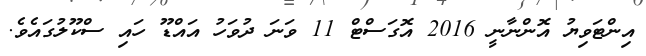
އިންޓަވިޔު އޮންނާނީ 2016 އޮގަސްޓް 11 ވަނަ ދުވަހު އައްޑޫ ހައި ސްކޫލުގައެވެ.